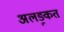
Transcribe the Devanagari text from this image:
अलङ्कृत